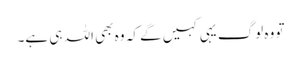
تو وہ لوگ یہی کہیں گے کہ وہ بھی اللہ ہی ہے۔